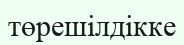
төрешілдікке